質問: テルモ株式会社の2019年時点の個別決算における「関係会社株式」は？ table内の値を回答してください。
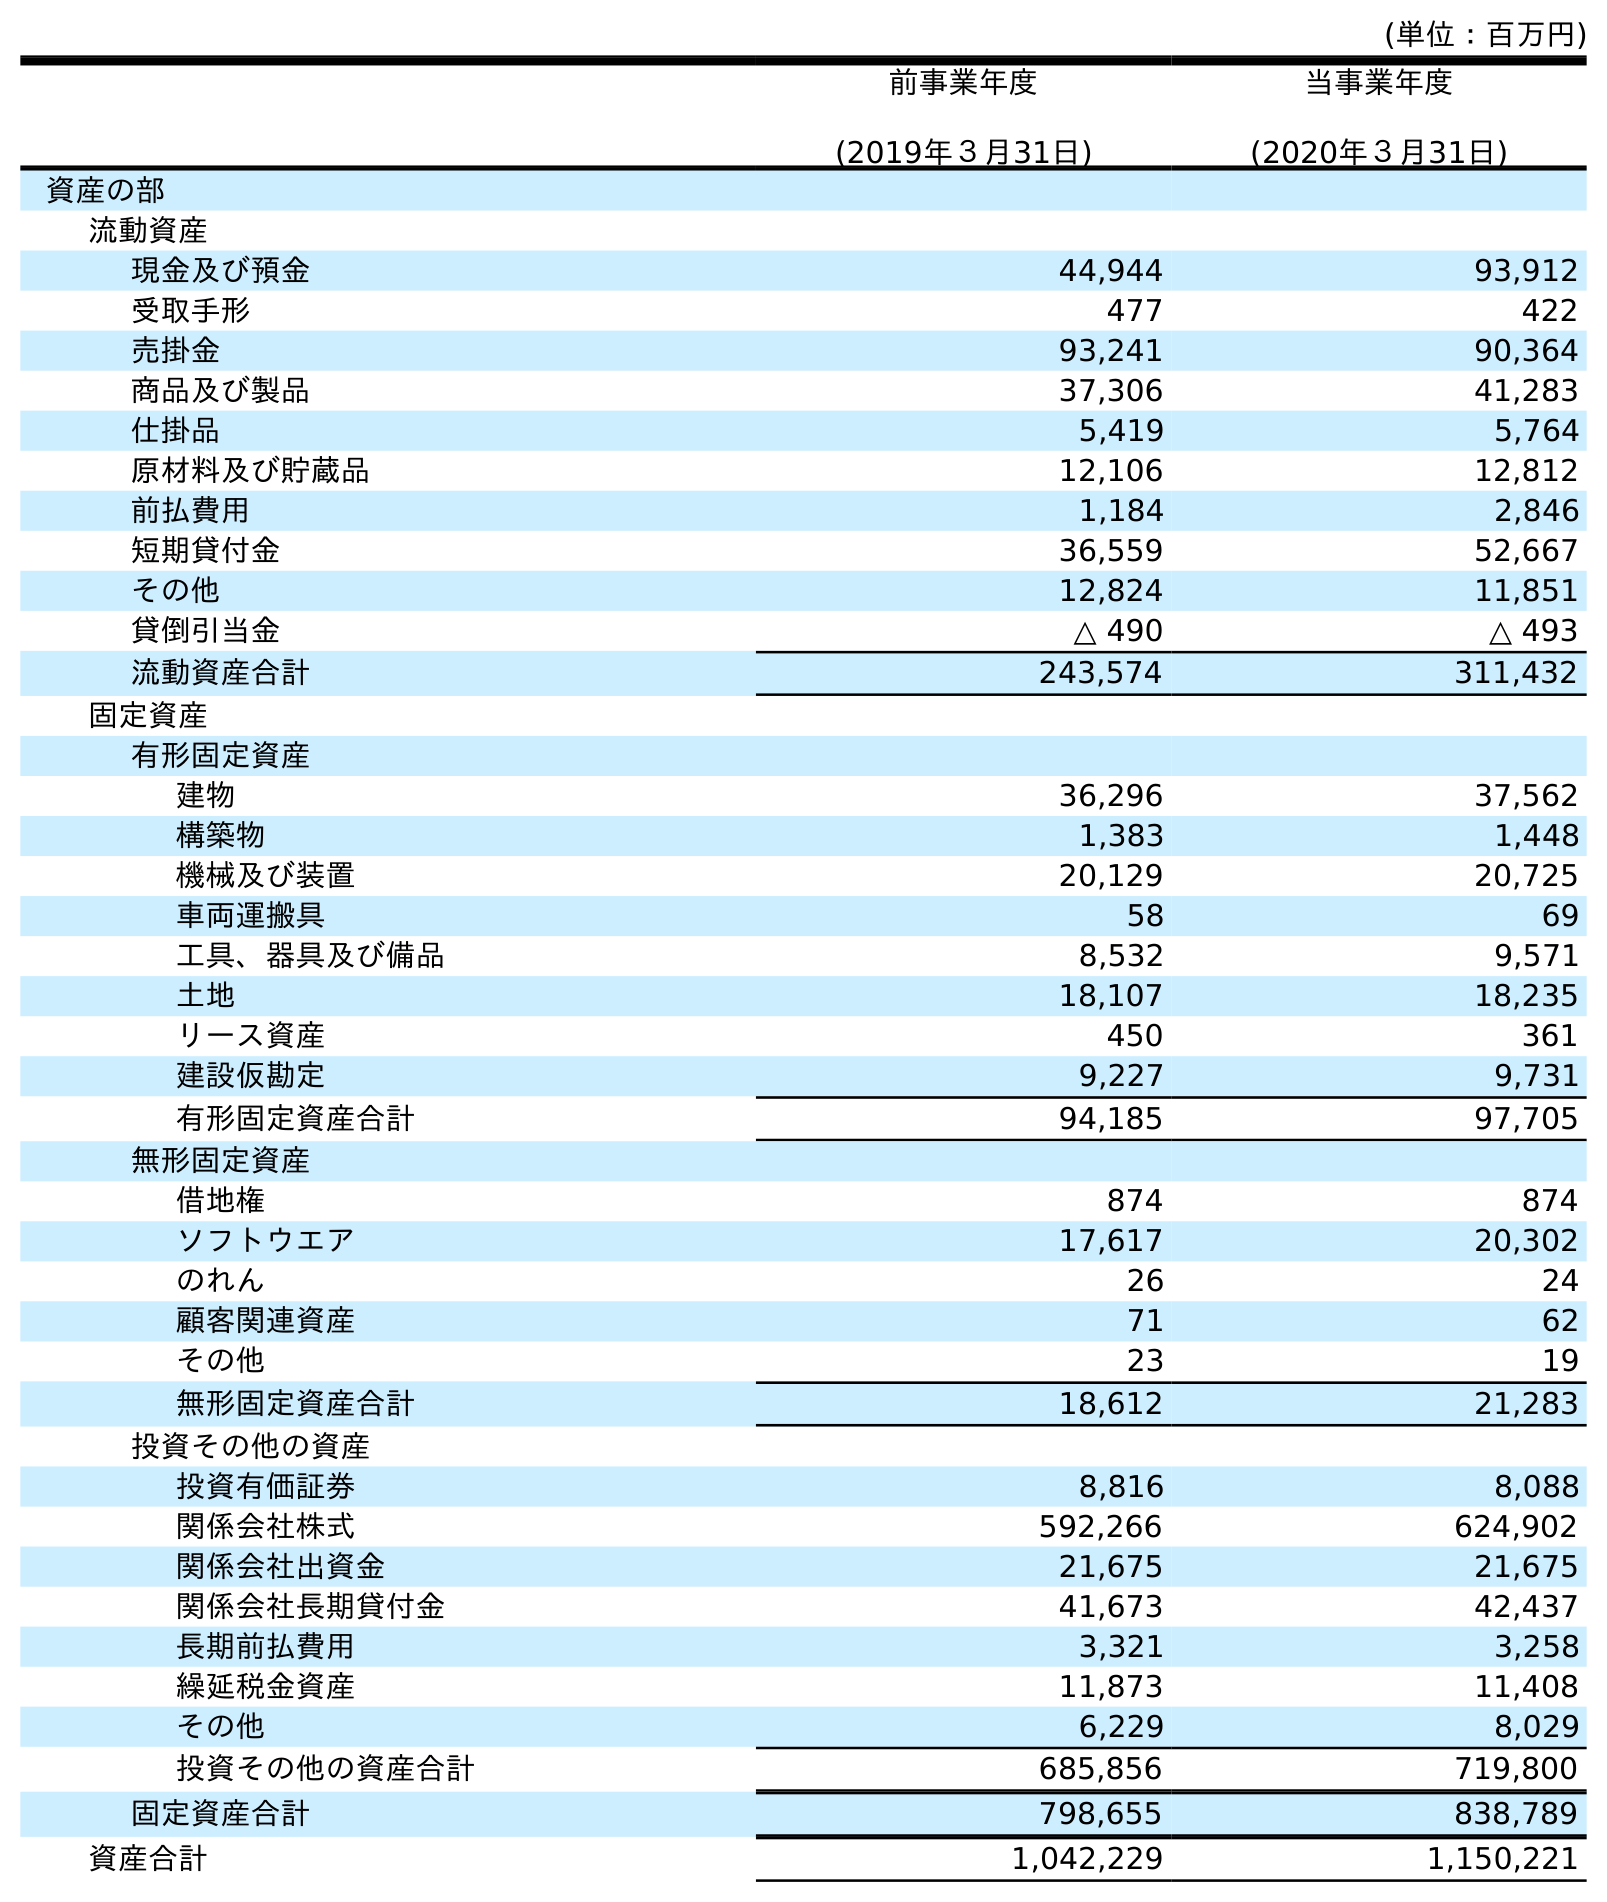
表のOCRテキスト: (単位：百万円) 前事業年度 (2019年３月31日) 当事業年度 (2020年３月31日) 資産の部 流動資産 現金及び預金 44,944 93,912 受取手形 477 422 売掛金 93,241 90,364 商品及び製品 37,306 41,283 仕掛品 5,419 5,764 原材料及び貯蔵品 12,106 12,812 前払費用 1,184 2,846 短期貸付金 36,559 52,667 その他 12,824 11,851 貸倒引当金 △ 490 △ 493 流動資産合計 243,574 311,432 固定資産 有形固定資産 建物 36,296 37,562 構築物 1,383 1,448 機械及び装置 20,129 20,725 車両運搬具 58 69 工具、器具及び備品 8,532 9,571 土地 18,107 18,235 リース資産 450 361 建設仮勘定 9,227 9,731 有形固定資産合計 94,185 97,705 無形固定資産 借地権 874 874 ソフトウエア 17,617 20,302 のれん 26 24 顧客関連資産 71 62 その他 23 19 無形固定資産合計 18,612 21,283 投資その他の資産 投資有価証券 8,816 8,088 関係会社株式 592,266 624,902 関係会社出資金 21,675 21,675 関係会社長期貸付金 41,673 42,437 長期前払費用 3,321 3,258 繰延税金資産 11,873 11,408 その他 6,229 8,029 投資その他の資産合計 685,856 719,800 固定資産合計 798,655 838,789 資産合計 1,042,229 1,150,221
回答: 592,266